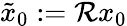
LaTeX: \tilde{x}_{0}:=\mathcal{R}x_{0}